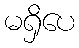
မရှိပေ